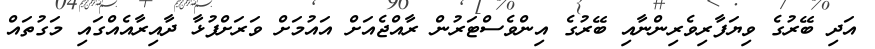
އަދި ބޭރުގެ ވިޔަފާރިވެރިންނާއި ބޭރުގެ އިންވެސްޓަރުން ރާއްޖެއަށް އައުމަށް ވަރަށްފުޅާ ދާއިރާއެއްގައި މަގުތައް